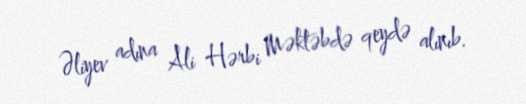
Əliyev adına Ali Hərbi Məktəbdə qeydə alınıb.